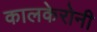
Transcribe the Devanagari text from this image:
कालकेरोनी